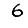
Digit: 6